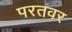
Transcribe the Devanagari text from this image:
परतवर